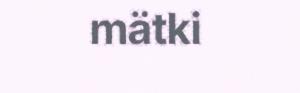
mätki